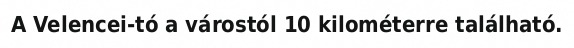
A Velencei-tó a várostól 10 kilométerre található.